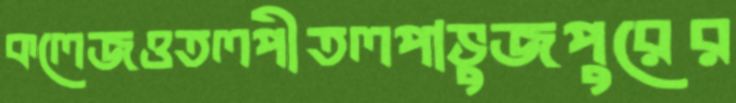
কলেজওতলপীতলপাভুজপুরের